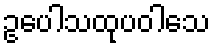
ဥပေါသထုပဝါသေ